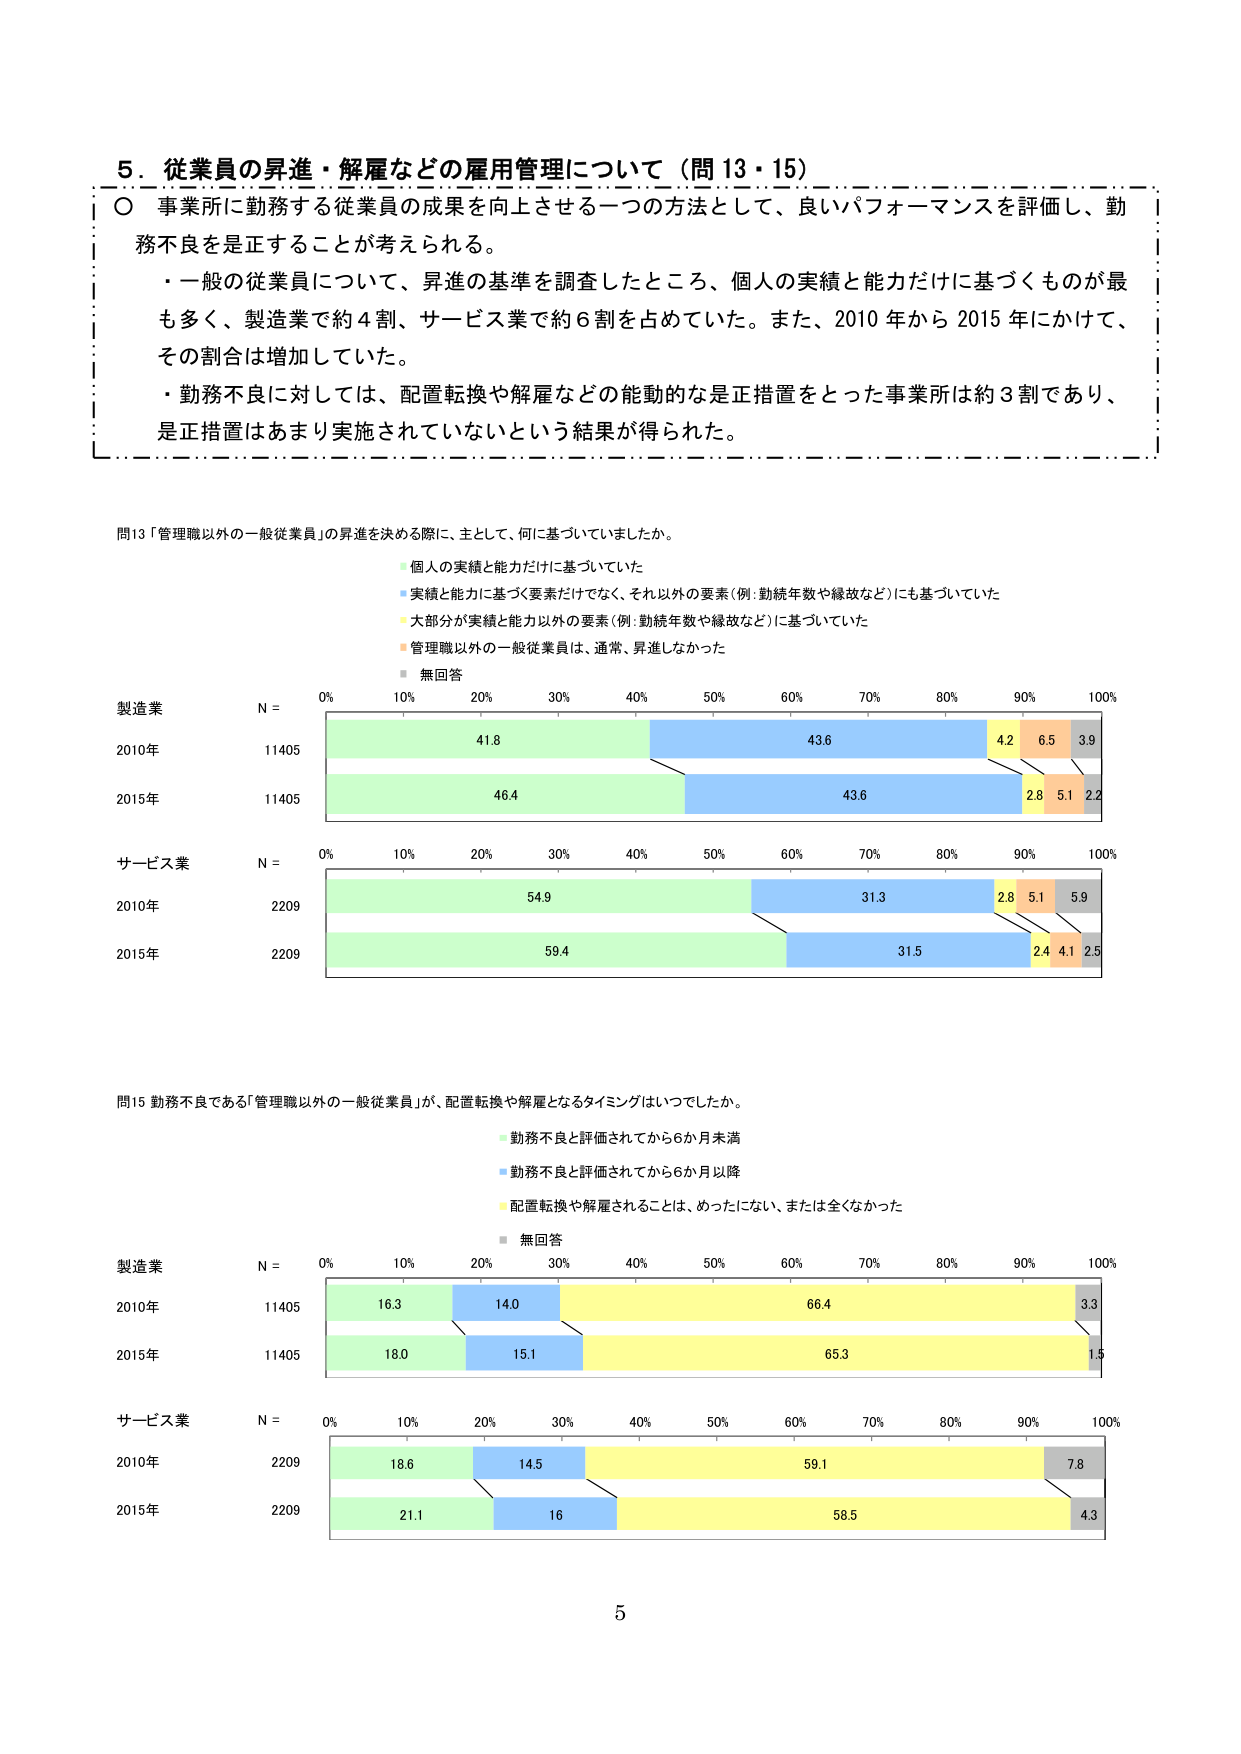
５．従業員の昇進・解雇などの雇用管理について（問13・15）

〇 事業所に勤務する従業員の成果を向上させる一つの方法として、良いパフォーマンスを評価し、勤務不良を是正することが考えられる。

・一般の従業員について、昇進の基準を調査したところ、個人の実績と能力だけに基づくものが最も多く、製造業で約4割、サービス業で約6割を占めていた。また、2010年から2015年にかけて、その割合は増加していた。

・勤務不良に対しては、配置転換や解雇などの能動的な是正措置をとった事業所は約3割であり、是正措置はあまり実施されていないという結果が得られた。

問13「管理職以外の一般従業員」の昇進を決める際に、主として、何に基づいていましたか。

・個人の実績と能力だけに基づいていた
・実績と能力に基づく要素だけでなく、それ以外の要素（例：勤続年数や縁故など）にも基づいていた
・大部分が実績と能力以外の要素（例：勤続年数や縁故など）に基づいていた
・管理職以外の一般従業員は、通常、昇進しなかった
・無回答

製造業
N = 11405
2010年 41.8 43.6 4.2 6.5 3.9
2015年 46.4 43.6 2.8 5.1 2.2

サービス業
N = 2209
2010年 54.9 31.3 2.8 5.1 5.9
2015年 59.4 31.5 2.4 4.1 2.5

問15 勤務不良である「管理職以外の一般従業員」が、配置転換や解雇となるタイミングはいつでしたか。

・勤務不良と評価されてから6か月未満
・勤務不良と評価されてから6か月以降
・配置転換や解雇されることは、めったにない、または全くなかった
・無回答

製造業
N = 11405
2010年 16.3 14.0 66.4 3.3
2015年 18.0 15.1 65.3 1.5

サービス業
N = 2209
2010年 18.6 14.5 59.1 7.8
2015年 21.1 16 58.5 4.3

5